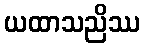
ယထာသညိဿ